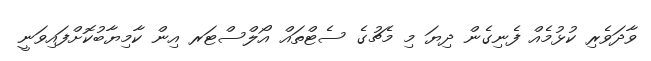
ވާދަވެރި ކުޅުމެއް ފެނިގެން ދިޔަ މި މެޗުގެ ސެޓްތައް އޯލްސްޓަރ އިން ކާމިޔާބުކޮށްފައިވަނީ